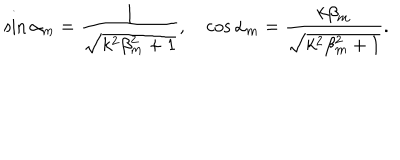
\sin \alpha _ { m } = \frac { 1 } { \sqrt { k ^ { 2 } \beta _ { m } ^ { 2 } + 1 } } , \quad \cos \alpha _ { m } = \frac { k \beta _ { m } } { \sqrt { k ^ { 2 } \beta _ { m } ^ { 2 } + 1 } } .